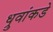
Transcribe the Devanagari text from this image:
ध्रुवांकडे